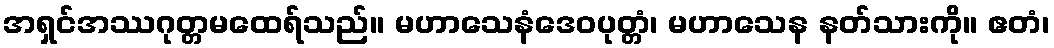
အရှင်အဿဂုတ္တမထေရ်သည်။ မဟာသေနံဒေဝပုတ္တံ၊ မဟာသေန နတ်သားကို။ ဧတံ၊